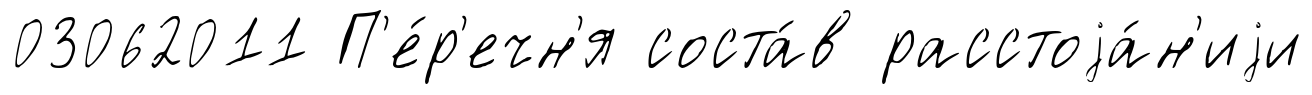
03062011 П'е́р'ечн'я соста́в расстоjа́н'иjи